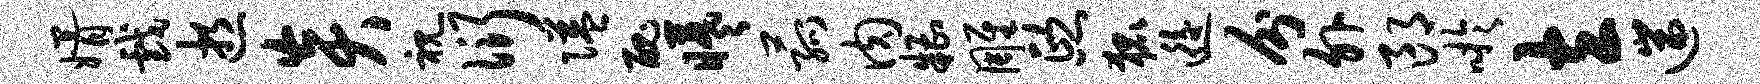
婿戏逝炎视衍隘丑曦菰肉糟雕熙狐逅分外郎吁立遄